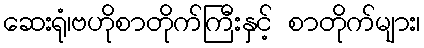
ဆေးရုံ၊ဗဟိုစာတိုက်ကြီးနှင့် စာတိုက်များ၊